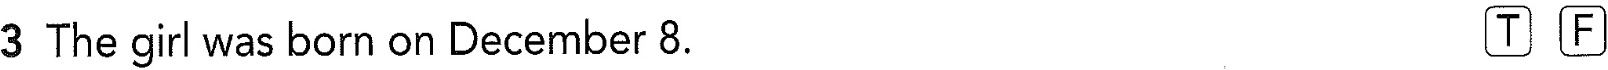
3 The girl was born on December 8. T F